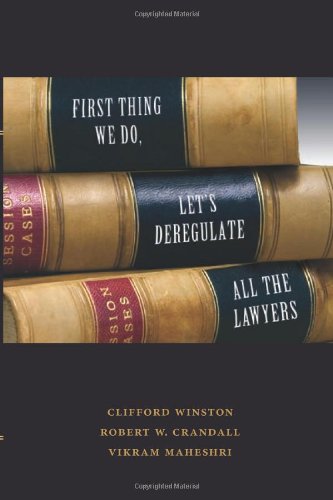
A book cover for First Thing We Do, Let's Deregulate All the Lawyers; Clifford Winston; Law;